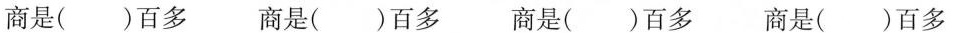
商是()百多 商是()百多 商是()百多 商是()百多